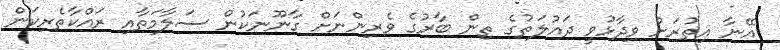
އޭނާ އިތުރަށް ވިދާޅުވީ ދައުލަތުގެ ތިން ބާރުގެ ވެރިންނަށް ގާނޫނަކުން ސަލާމަތާއި ރައްކާތެރިކަން